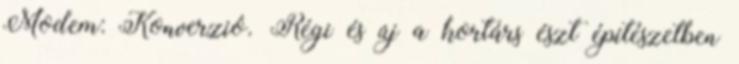
Modem: Konverzió. Régi és új a kortárs észt építészetben